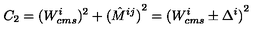
C _ { 2 } = ( { W _ { c m s } ^ { i } } ) ^ { 2 } + { ( \hat { M } ^ { i j } ) } ^ { 2 } = { ( W _ { c m s } ^ { i } \pm \Delta ^ { i } ) } ^ { 2 }